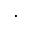
\cdot